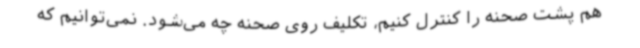
هم پشت صحنه را کنترل کنیم، تکلیف روی صحنه چه می‌شود. نمی‌توانیم که